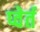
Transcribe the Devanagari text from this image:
प्वेर्त